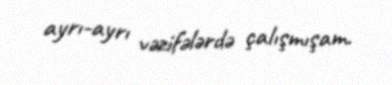
ayrı-ayrı vəzifələrdə çalışmışam.